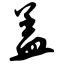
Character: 盖